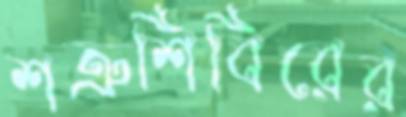
শত্রুশিবিরের